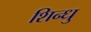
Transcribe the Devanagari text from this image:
शिन्धु